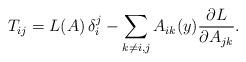
LaTeX: \begin{align*}T_{ij}=L(A)\,\delta_i^j-\sum_{k\neq i,j}A_{ik}(y)\frac{\partial L}{\partial A_{jk}}.\end{align*}